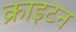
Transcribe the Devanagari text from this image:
क्राइटन